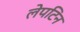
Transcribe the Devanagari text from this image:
लेपटिन